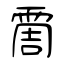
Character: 霌